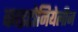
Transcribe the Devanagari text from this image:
काइटोनियेलीज